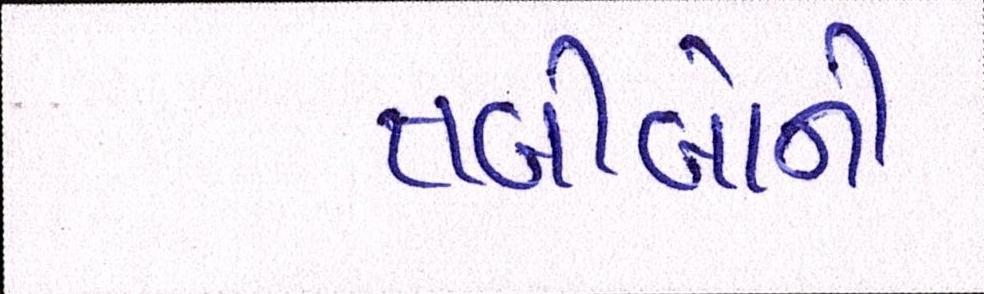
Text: તબીબોની